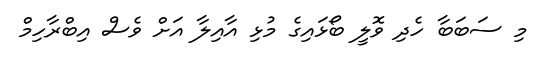
މި ސަބަބާ ހެދި ވޮލީ ބޯޅައިގެ މުޅި އާއިލާ އަށް ވެސް އިބްރާހިމް